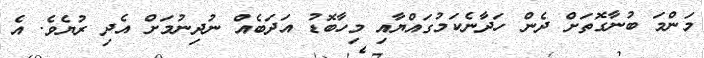
މަންމަ ބުނާގޮތަށް ދެން ހަދާނެކަމުގައްޔާއި މިހާބޮޑު އަދަބެއް ނުދިނުމަށް އެދި ރުޔެވެ. އެ